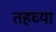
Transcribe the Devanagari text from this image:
तहच्या